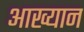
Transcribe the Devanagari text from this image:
आख्‍यान